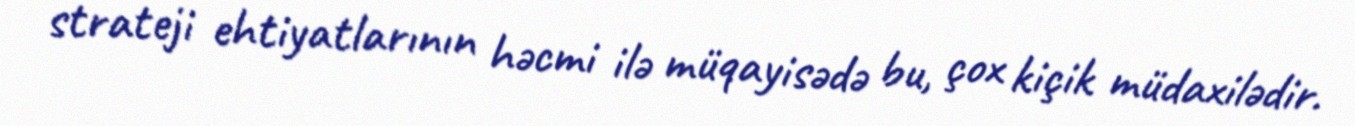
strateji ehtiyatlarının həcmi ilə müqayisədə bu, çox kiçik müdaxilədir.